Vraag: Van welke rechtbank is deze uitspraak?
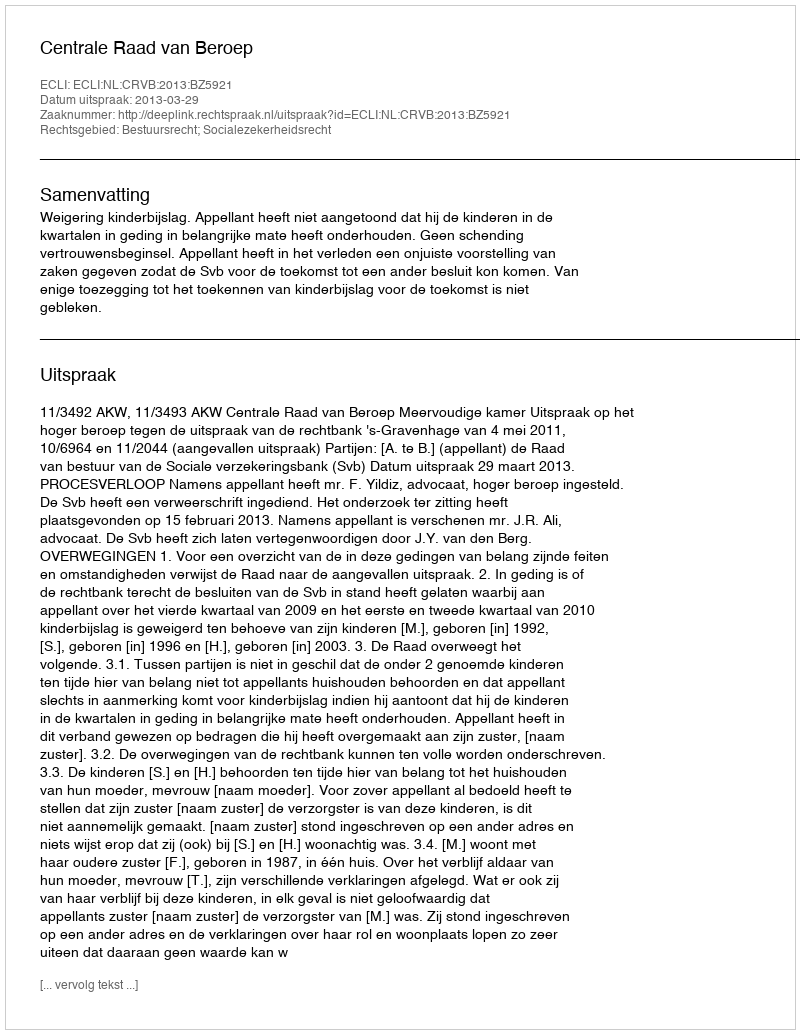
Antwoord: Centrale Raad van Beroep